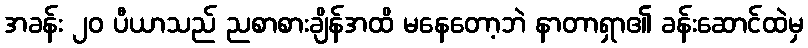
အခန်း ၂၀ ပီယာသည် ညစာစားချိန်အထိ မနေတော့ဘဲ နာတာရှာ၏ ခန်းဆောင်ထဲမှ